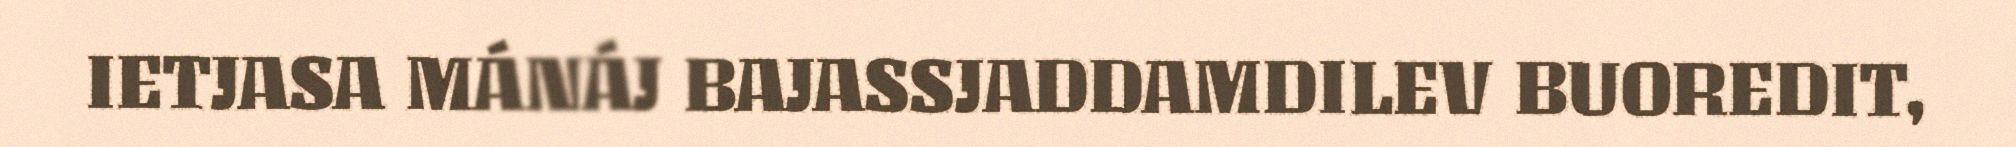
IETJASA MÁNÁJ BAJASSJADDAMDILEV BUOREDIT,